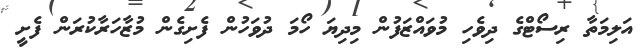
އަލިމަތާ ރިސޯޓްގެ ދިވެހި މުވައްޒަފުން މިދިޔަ ހޯމަ ދުވަހުން ފެށިގެން މުޒާހަރާކުރަން ފެށީ